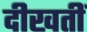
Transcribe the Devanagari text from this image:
दीखतीं